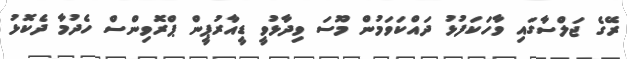
ރޭގެ ޖަލްސާގައި ވާހަކަފުޅު ދައްކަވަމުން މޫސަ ވިދާޅުވީ ޑީއާރުޕީން ޕްރޮވިންސް ހެދުމާ ދެކޮޅު